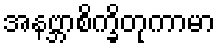
အနဗ္ဘာစိက္ခိတုကာမာ